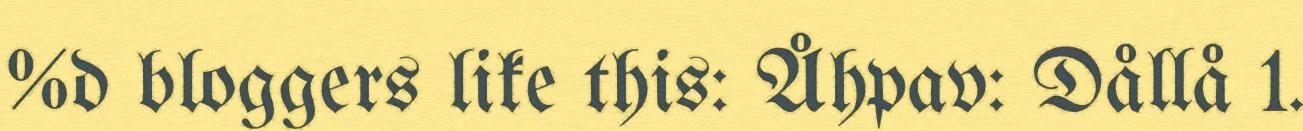
%d bloggers like this: Åhpav: Dållå 1.